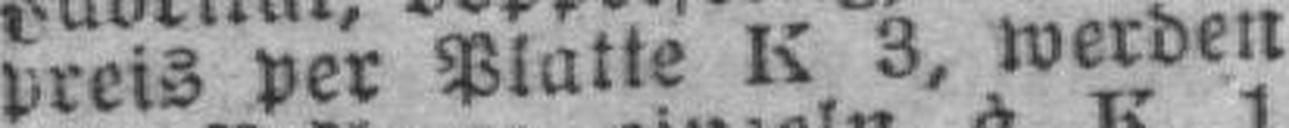
preis per Platte K 3, werden